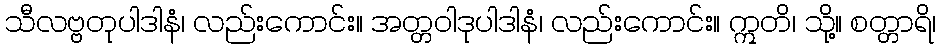
သီလဗ္ဗတုပါဒါနံ၊ လည်းကောင်း။ အတ္တဝါဒုပါဒါနံ၊ လည်းကောင်း။ ဣတိ၊ သို့။ စတ္တာရိ၊